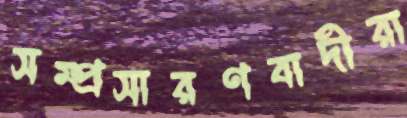
সম্প্রসারণবাদীরা